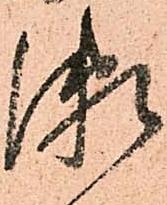
瀬